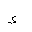
Letter: _hamza